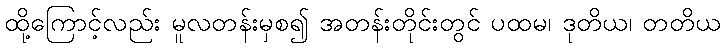
ထို့ကြောင့်လည်း မူလတန်းမှစ၍ အတန်းတိုင်းတွင် ပထမ၊ ဒုတိယ၊ တတိယ